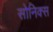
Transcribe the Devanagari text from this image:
सोनिक्स